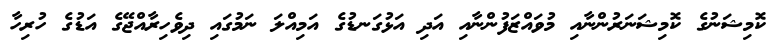
ކޮމިޝަނުގެ ކޮމިޝަނަރުންނާއި މުވައްޒަފުންނާއި އަދި އަޅުގަނޑުގެ އަމިއްލަ ނަމުގައި ދިވެހިރާއްޖޭގެ އަޑުގެ ހުރިހާ